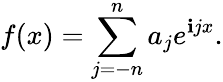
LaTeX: f(x)=\sum_{j=-n}^{n}a_{j}e^{\mathbf{i}jx}.